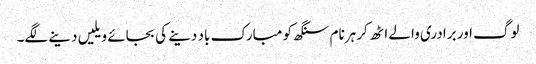
لوگ اور برادری والے اٹھ کر ہرنام سنگھ کو مبارک باد دینے کی بجائے ویلیں دینے لگے۔